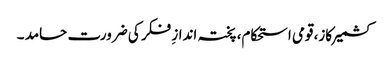
کشمیر کاز، قومی استحکام، پختہ اندازِ فکر کی ضرورت حامد ۔